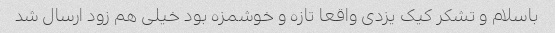
باسلام و تشکر کیک یزدی واقعا تازه و خوشمزه بود خیلی هم زود ارسال شد